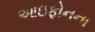
આઇફોનના